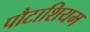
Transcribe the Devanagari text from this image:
पौटाशियम